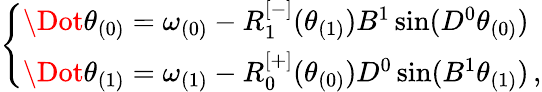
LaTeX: \begin{array}{r}{\left\{ \begin{array}{ll}{\Dot{\theta}_{(0)}=\omega_{(0)}-R_{1}^{[-]}(\theta_{(1)})B^{1}\sin(D^{0}\theta_{(0)})}\\ {\Dot{\theta}_{(1)}=\omega_{(1)}-R_{0}^{[+]}(\theta_{(0)})D^{0}\sin(B^{1}\theta_{(1)})\, ,}\end{array}\right.}\end{array}